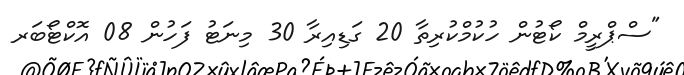
"ސްޕްރީމް ކޯޓުން ހުކުމްކުރިތާ 20 ގަޑިއިރާ 30 މިނަޓު ފަހުން 08 އޮކްޓޯބަރ